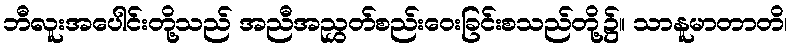
ဘီလူးအပေါင်းတို့သည် အညီအညွှတ်စည်းဝေးခြင်းစသည်တို့၌။ သာနူမာတာတိ၊